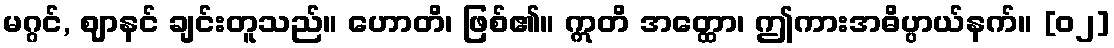
မဂ္ဂင်, ဈာနင် ချင်းတူသည်။ ဟောတိ၊ ဖြစ်၏။ ဣတိ အတ္ထော၊ ဤကားအဓိပ္ပာယ်နက်။ [၀၂]